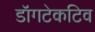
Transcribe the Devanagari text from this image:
डॉगटेकटिव